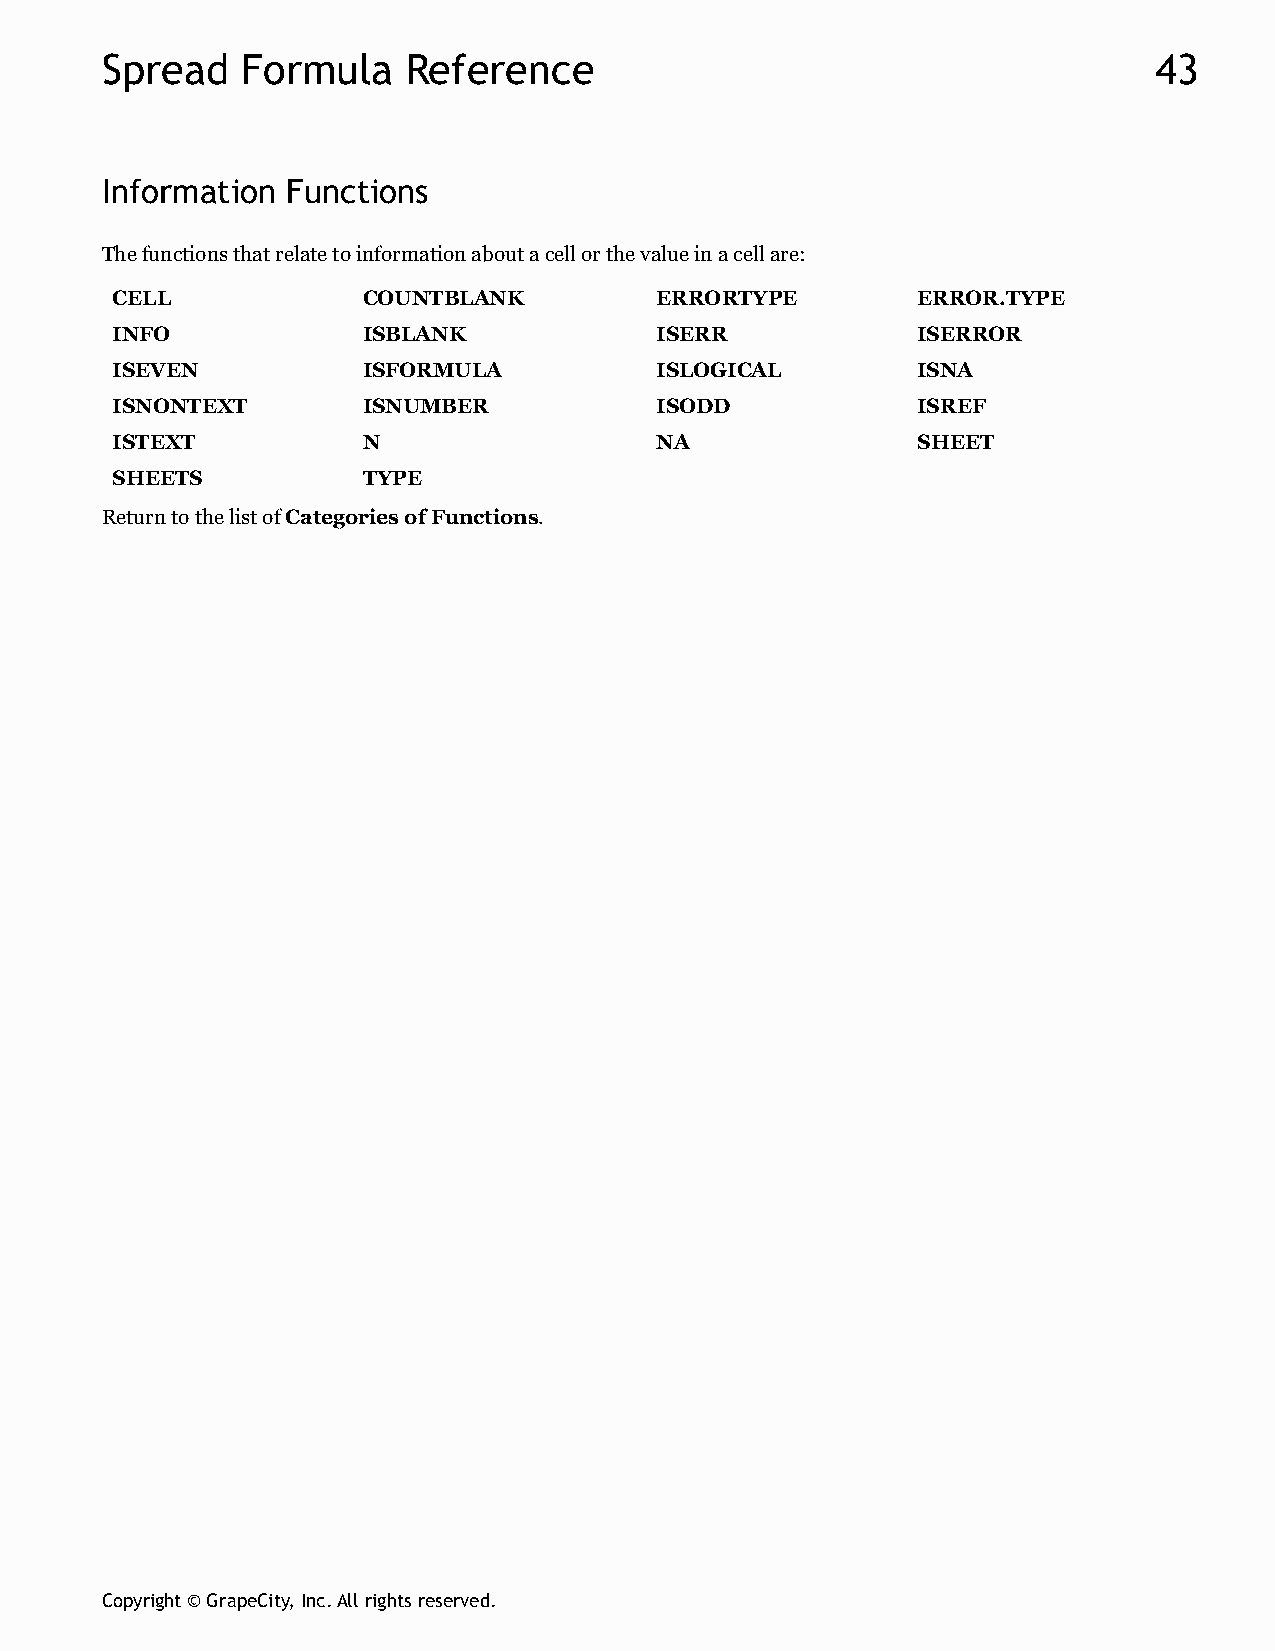
Spread   Formula    Reference                                        43
 Information Functions
 The functions that relate to information about a cell or the value in a cell are:
 CELL             COUNTBLANK         ERRORTYPE         ERROR.TYPE
 INFO             ISBLANK            ISERR             ISERROR
 ISEVEN           ISFORMULA          ISLOGICAL         ISNA
 ISNONTEXT        ISNUMBER           ISODD             ISREF
 ISTEXT           N                  NA                SHEET
 SHEETS           TYPE
 Return to the list of Categories of Functions.
 Copyright © GrapeCity, Inc. All rights reserved.